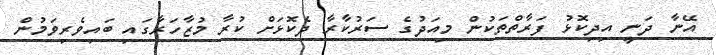
އޭނާ ދަނީ އިދިކޮޅު ފަރާތްތަކުން މިއަދުގެ ސަރުކާރާ ދެކޮޅަށް ކުރާ މުޒާހަރާގައި ބައިވެރިވަމުން